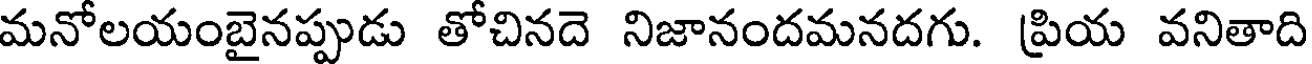
మనోలయంబైనప్పుడు తోచినదె నిజానందమనదగు. ప్రియ వనితాది